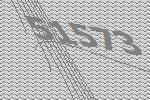
51573